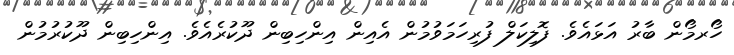
ހޯރމޯން ބާރު އަޅައެވެ. ފޮލިކަލް ފުރިހަމަވުމުން އެއިން އިންހިބިން ދޫކުރެއެވެ. އިންހިބިން ދޫކުރުމުން